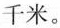
千米。